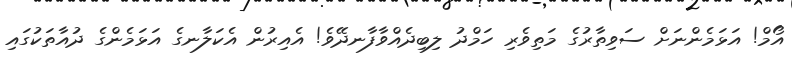
އޯމް! އަޅަމެންނަށް ސަވިތާރުގެ މަތިވެރި ހަމްދު ލިބިދެއްވާފާނދޭވެ! އެއިރުން އެކަލާނގެ އަޅަމެންގެ ދުއާތަކުގައި